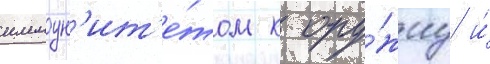
иммун'ит'е́том к ору́жиу и́